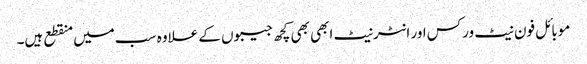
موبائل فون نیٹ ورکس اور انٹرنیٹ ابھی بھی کچھ جیبوں کے علاوہ سب میں منقطع ہیں۔